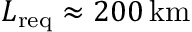
L _ { \mathrm { r e q } } \approx 2 0 0 \, \mathrm { k m }